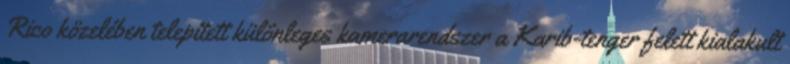
Rico közelében telepített különleges kamerarendszer a Karib-tenger felett kialakult